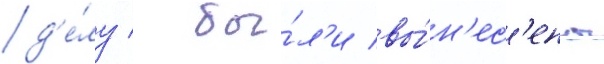
д'е́лу / бы́л'и вы́н'ес'ены